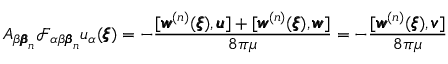
A _ { \beta { \pmb \beta } _ { n } } \mathcal { F } _ { \alpha \beta { \pmb \beta } _ { n } } u _ { \alpha } ( { \pmb \xi } ) = - \frac { [ { \pmb w } ^ { ( n ) } ( { \pmb \xi } ) , { \pmb u } ] + [ { \pmb w } ^ { ( n ) } ( { \pmb \xi } ) , { \pmb w } ] } { 8 \pi \mu } = - \frac { [ { \pmb w } ^ { ( n ) } ( { \pmb \xi } ) , { \pmb v } ] } { 8 \pi \mu }